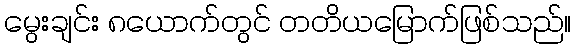
မွေးချင်း ၈ယောက်တွင် တတိယမြောက်ဖြစ်သည်။